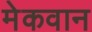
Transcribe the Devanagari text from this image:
मेकवान